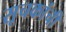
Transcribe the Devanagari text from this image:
सूचकांची